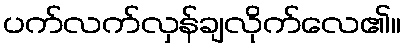
ပက်လက်လှန်ချလိုက်လေ၏။